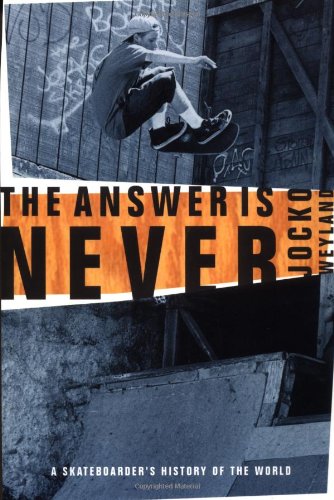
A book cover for The Answer Is Never: A Skateboarder's History of the World; Jocko Weyland; Sports & Outdoors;